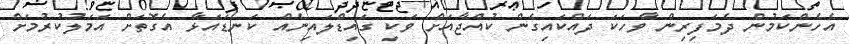
އެހެންކަމުން ދެމަފިރިން ވާހަކަ ދައްކައިގެން ކުއްޖާއަށް ވަކި ގައިޑްލައިނެއް ކަނޑައަޅާ އެގޮތަށް އަމަލުކުރުމަށް